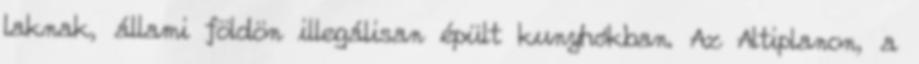
laknak, állami földön illegálisan épült kunyhókban. Az Altiplanon, a